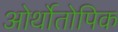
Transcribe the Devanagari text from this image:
ओर्थोतोपिक